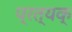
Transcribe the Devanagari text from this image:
प्रत्यक्